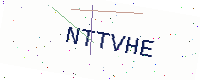
Text: NTTVHE